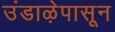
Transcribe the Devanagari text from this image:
उंडाऴेपासून